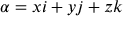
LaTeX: \alpha = x i + y j + z k